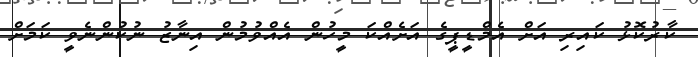
ކާރުކޮޅު ކައިރި އަށް އެމްޑީޕީގެ އަށެއްކަ މީހުން އެއްވުމުން އިނާޒު ނުކުންނެވީ ކަމަށް